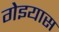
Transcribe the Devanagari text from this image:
गेइयास